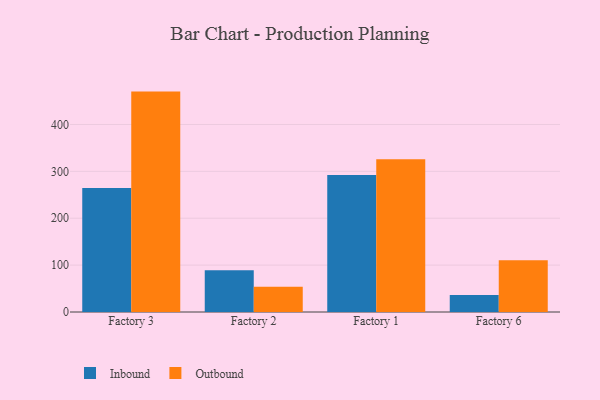
{"axis": {"x": "Factory", "y": "Page Views"}, "legend": ["Inbound", "Outbound"], "data": [{"x": "Factory 3", "y": 264.6, "type": "Inbound"}, {"x": "Factory 3", "y": 470.1, "type": "Outbound"}, {"x": "Factory 2", "y": 89.3, "type": "Inbound"}, {"x": "Factory 2", "y": 54.0, "type": "Outbound"}, {"x": "Factory 1", "y": 292.1, "type": "Inbound"}, {"x": "Factory 1", "y": 325.9, "type": "Outbound"}, {"x": "Factory 6", "y": 36.0, "type": "Inbound"}, {"x": "Factory 6", "y": 110.3, "type": "Outbound"}]}